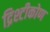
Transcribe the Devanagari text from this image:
द्रिश्टीकोण